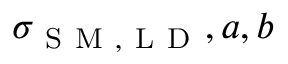
\sigma _ { \mathrm { ~ S ~ M ~ , ~ L ~ D ~ } } , a , b